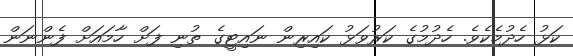
ކަޅު ހެދުމެކެވެ. ހެދުމުގެ ކަރުވަޅު ކައިރިން ނައިޓީގެ ތުނި ފަށް ހާމައަށް ފެންނަން